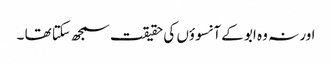
اور نہ وہ ابو کے آنسوؤں کی حقیقت سمجھ سکتا تھا ۔